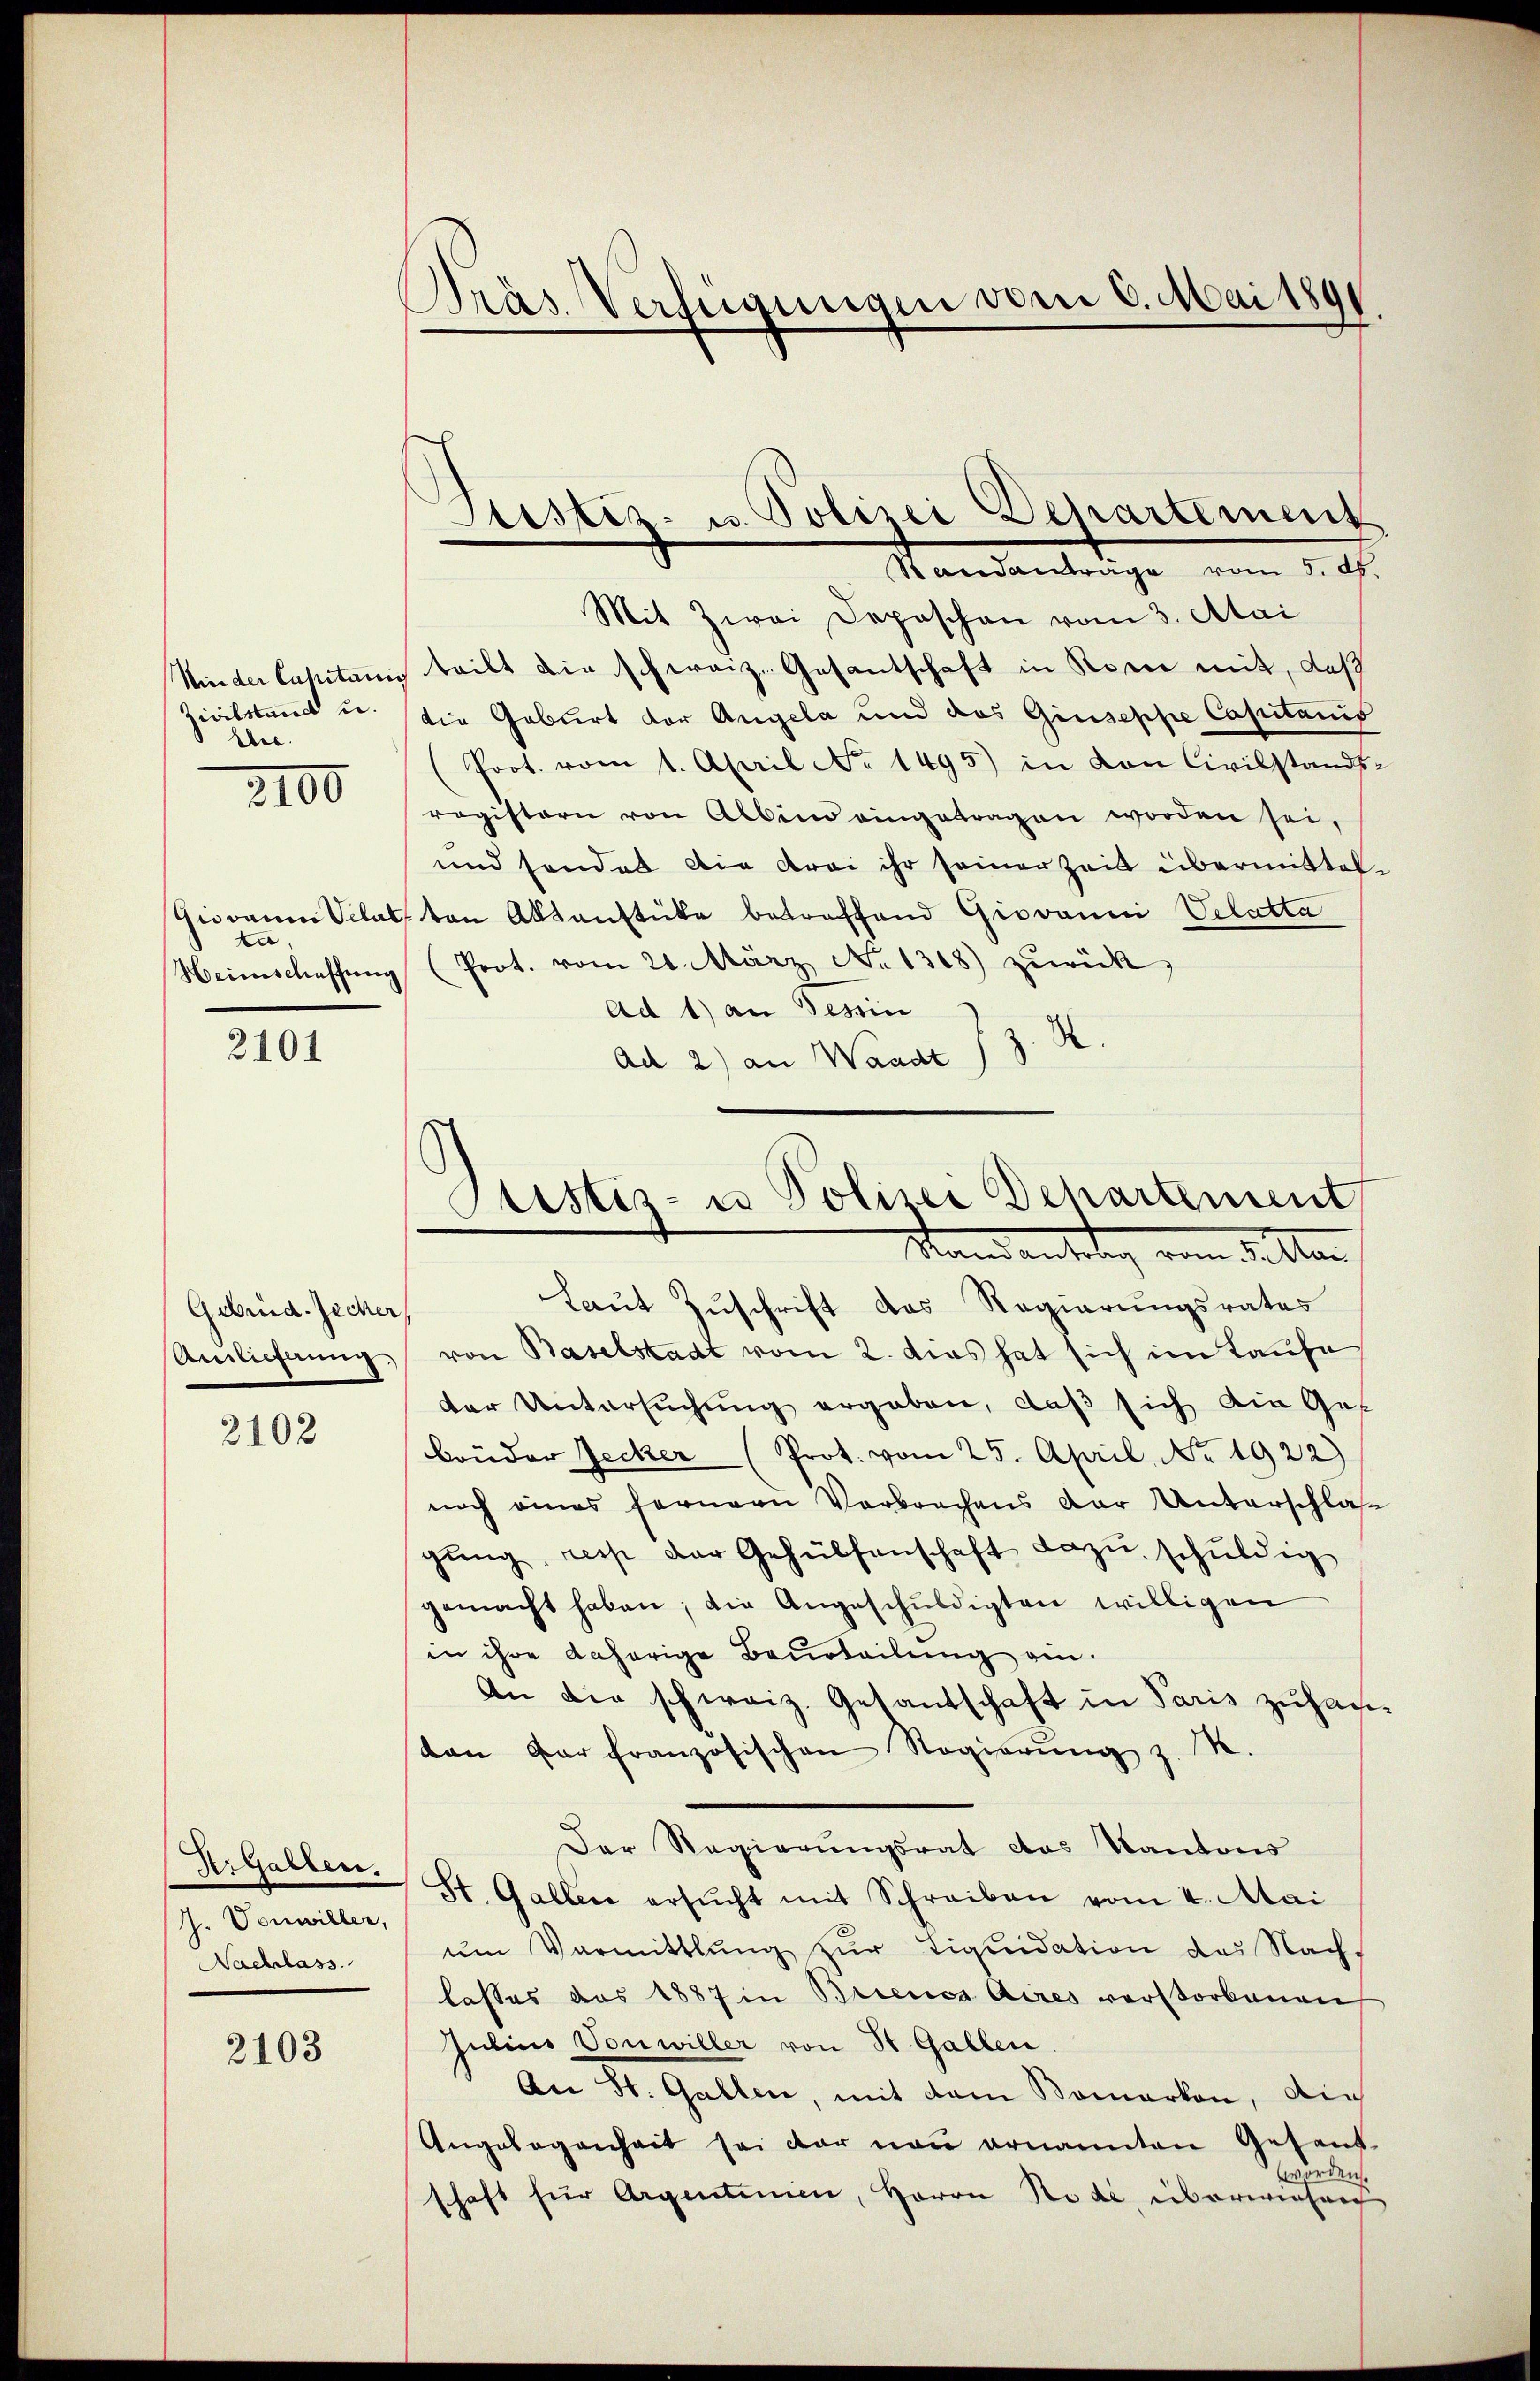
zivilstand u.
lee.

2100

ta

2101

Gebrüd. Zecher
Anslieferung,

2102

Urgalten.
J. Vonwiller,
Nachlass.

2103

Präs. Verfügungen vom 6. Mai 1891.

Mit Zwei Deposchon vom 3. Mai
Minder Capitans teilt die schweiz. Gesantschaft in Konce mit, daß
die Geburt der Angela und das Giuseppe Capitanis
(Prot. vom 1. April No 1495) in von Civilstands-
ragistern von Abend eingetragen worden sei.
und sonder die drei ihr seiner Zeit übermittel¬
Giodann Schal von Aktenstücke betreffend Giovanni Velatta
Heimschaffŭng (Prot. vom 21. März No. 1318) zurück,
Ad 1) an Tessin
Ad 2) an Waadt J. J. R.

Justiz- u. Polizei Departement
Standanträge vom 5. d.

Ptistis- u Polizei Departement
Randantrag vom 3 ten

Laut Zuschrift des Regierungsrates
von Baselstadt vom 2. dies hat sich im Taufe
der Untersŭchŭng ergaben, daβ sich die Ges
brüder Jecker (Prot. vom 25. April, No. 1922)
noch eines fernern Verbrechens der Unterschlas
gung, reis der Gehülfenschaft dazu schuldig
gemacht haben; die Angeschuldigten willigen
in ihre daherige Beurteilung ein¬
An die schweiz. Gesandschaft in Paris zuhauan Par französischen Regierŭng z. R.
Der Regierungsrat das Kantons
St. Gallen ersŭcht mit Schreiben vom 4. Mai
um Vormittlung zur Liquidation des Nach-
lasses aus 1887 in Brienica Aires verstorbenen
Julius Von willer von St. Gallen.
An St. Gallen, mit dem Komarken, die
Angelegenheit sei der neŭ ernannten Gesand-
worden.
schaft für Argentenien, Herrn Rode, überwiesen